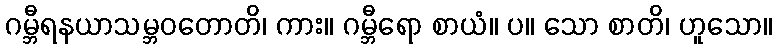
ဂမ္ဘီရနယာသမ္ဘဝတောတိ၊ ကား။ ဂမ္ဘီရော စာယံ။ ပ။ သော စာတိ၊ ဟူသော။